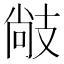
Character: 𢻒